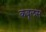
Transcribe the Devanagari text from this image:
कबूलस